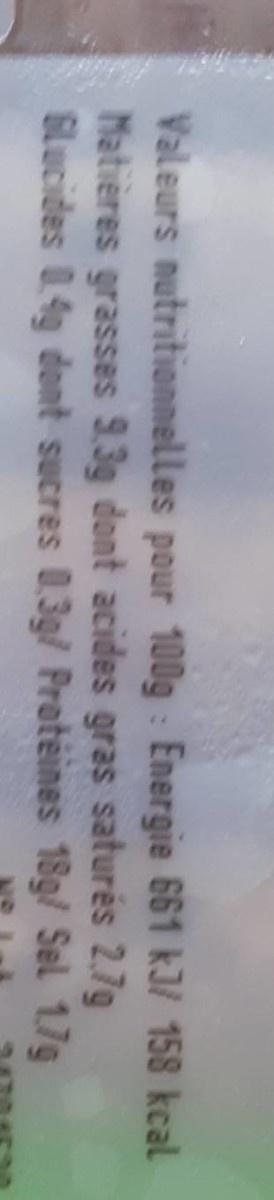
Valeurs nutritionnelles pour 100g : Energie 661 kJ/ 158 kcal Matières grasses 9.3g dont acides gras saturés 2.7g SLucides 0.4g dont sucres 0,3g/ Prateines 18g/ Sel 1.7g